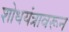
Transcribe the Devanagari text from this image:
शोधयंत्रावरून